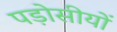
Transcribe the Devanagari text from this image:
पड़ोसीयों